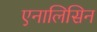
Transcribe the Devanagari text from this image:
एनालिसिन